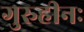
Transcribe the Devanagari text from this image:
गुरुहीनः